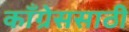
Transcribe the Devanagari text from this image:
काँग्रेससाठी